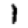
Digit: 1